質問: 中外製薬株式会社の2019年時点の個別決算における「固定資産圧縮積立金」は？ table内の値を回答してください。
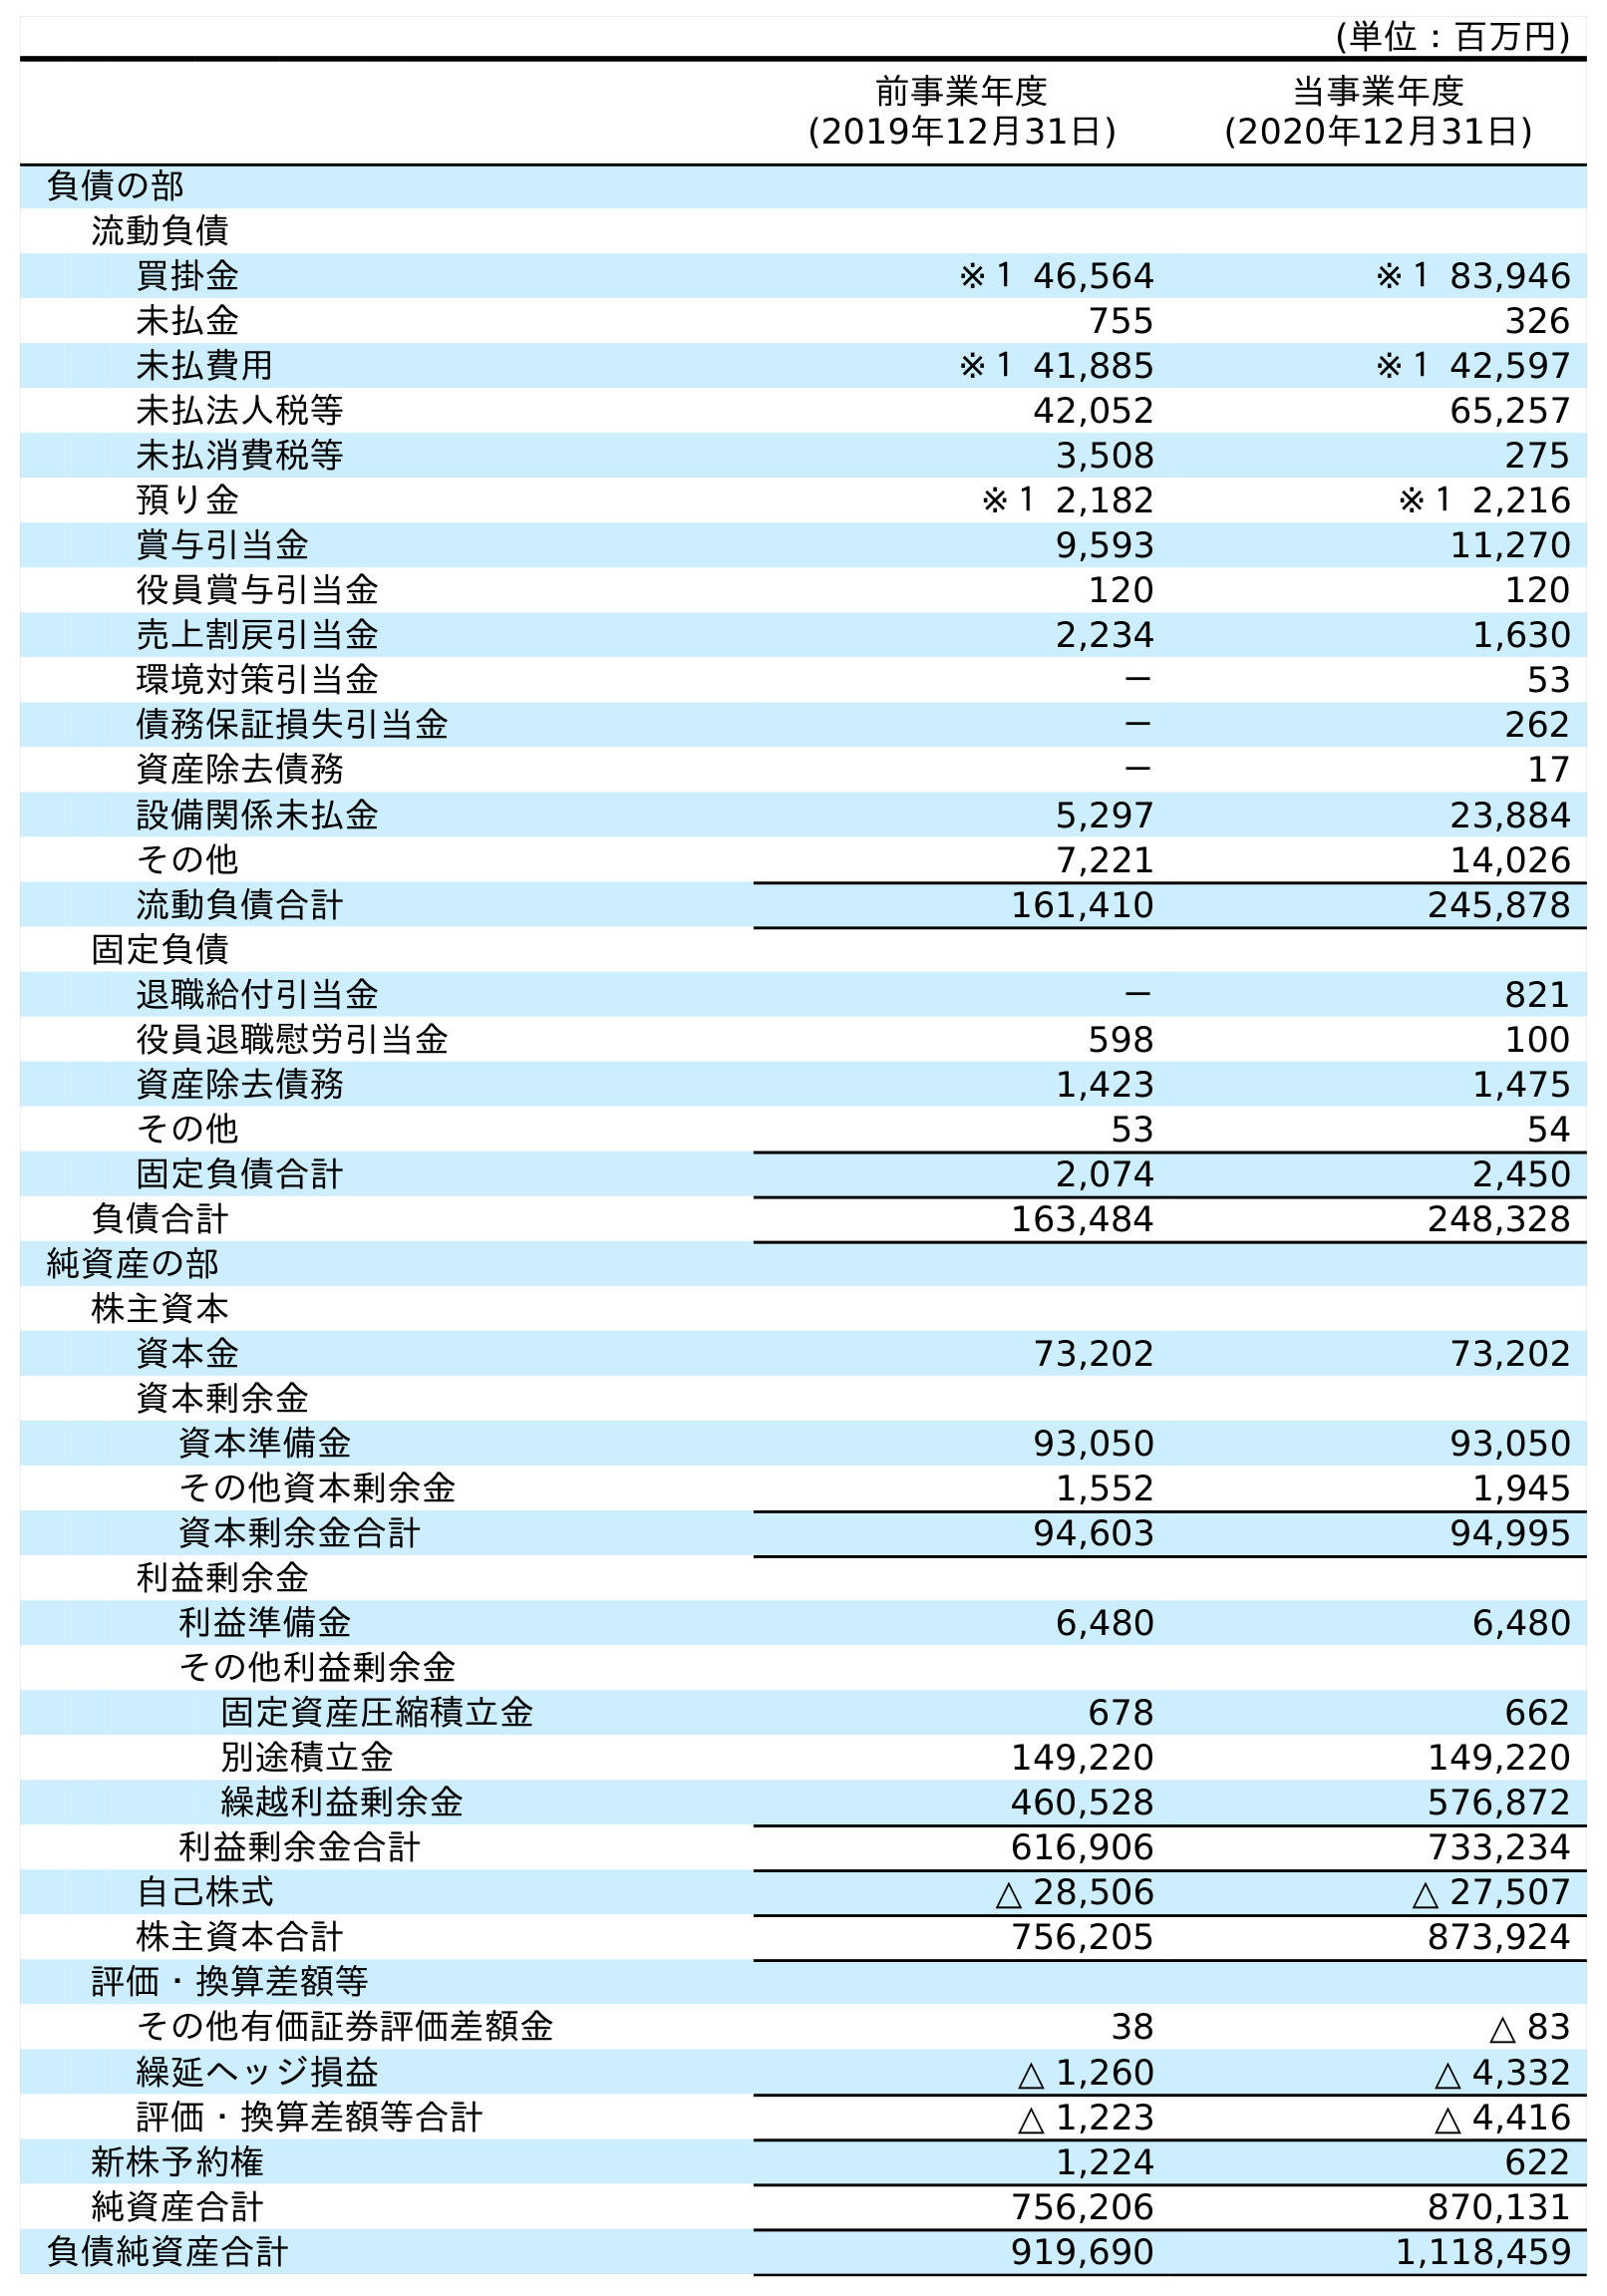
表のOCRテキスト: (単位：百万円) 前事業年度 (2019年12月31日) 当事業年度 (2020年12月31日) 負債の部 流動負債 買掛金 ※１ 46,564 ※１ 83,946 未払金 755 326 未払費用 ※１ 41,885 ※１ 42,597 未払法人税等 42,052 65,257 未払消費税等 3,508 275 預り金 ※１ 2,182 ※１ 2,216 賞与引当金 9,593 11,270 役員賞与引当金 120 120 売上割戻引当金 2,234 1,630 環境対策引当金 － 53 債務保証損失引当金 － 262 資産除去債務 － 17 設備関係未払金 5,297 23,884 その他 7,221 14,026 流動負債合計 161,410 245,878 固定負債 退職給付引当金 － 821 役員退職慰労引当金 598 100 資産除去債務 1,423 1,475 その他 53 54 固定負債合計 2,074 2,450 負債合計 163,484 248,328 純資産の部 株主資本 資本金 73,202 73,202 資本剰余金 資本準備金 93,050 93,050 その他資本剰余金 1,552 1,945 資本剰余金合計 94,603 94,995 利益剰余金 利益準備金 6,480 6,480 その他利益剰余金 固定資産圧縮積立金 678 662 別途積立金 149,220 149,220 繰越利益剰余金 460,528 576,872 利益剰余金合計 616,906 733,234 自己株式 △ 28,506 △ 27,507 株主資本合計 756,205 873,924 評価・換算差額等 その他有価証券評価差額金 38 △ 83 繰延ヘッジ損益 △ 1,260 △ 4,332 評価・換算差額等合計 △ 1,223 △ 4,416 新株予約権 1,224 622 純資産合計 756,206 870,131 負債純資産合計 919,690 1,118,459
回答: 678